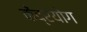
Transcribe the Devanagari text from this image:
केंद्रयोग